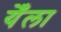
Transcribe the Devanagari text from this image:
येँला